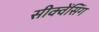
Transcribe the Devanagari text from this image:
सीक्वेंसिंग